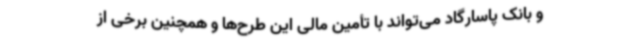
و بانک پاسارگاد می‌تواند با تأمین مالی این طرح‌ها و همچنین برخی از